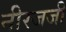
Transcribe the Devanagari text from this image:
नीरजजी